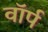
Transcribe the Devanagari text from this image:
वॉर्प